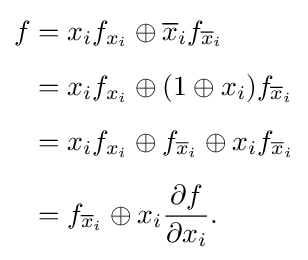
{\begin{aligned}f&=x_{i}f_{x_{i}}\oplus {\overline {x}}_{i}f_{{\overline {x}}_{i}}\\[5pt]&=x_{i}f_{x_{i}}\oplus (1\oplus x_{i})f_{{\overline {x}}_{i}}\\[5pt]&=x_{i}f_{x_{i}}\oplus f_{{\overline {x}}_{i}}\oplus x_{i}f_{{\overline {x}}_{i}}\\[5pt]&=f_{{\overline {x}}_{i}}\oplus x_{i}{\frac {\partial f}{\partial x_{i}}}.\end{aligned}}